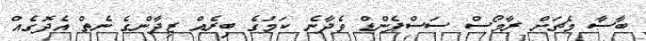
ބާސާ މެޗަށް ރާމޯސް ސަސްޕެންޑް ވެދާނެ ކަމުގެ ބިރެއް ޒިދާންގެ ނެތް އެދޮގެއް